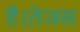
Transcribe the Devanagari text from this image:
है।तेजस